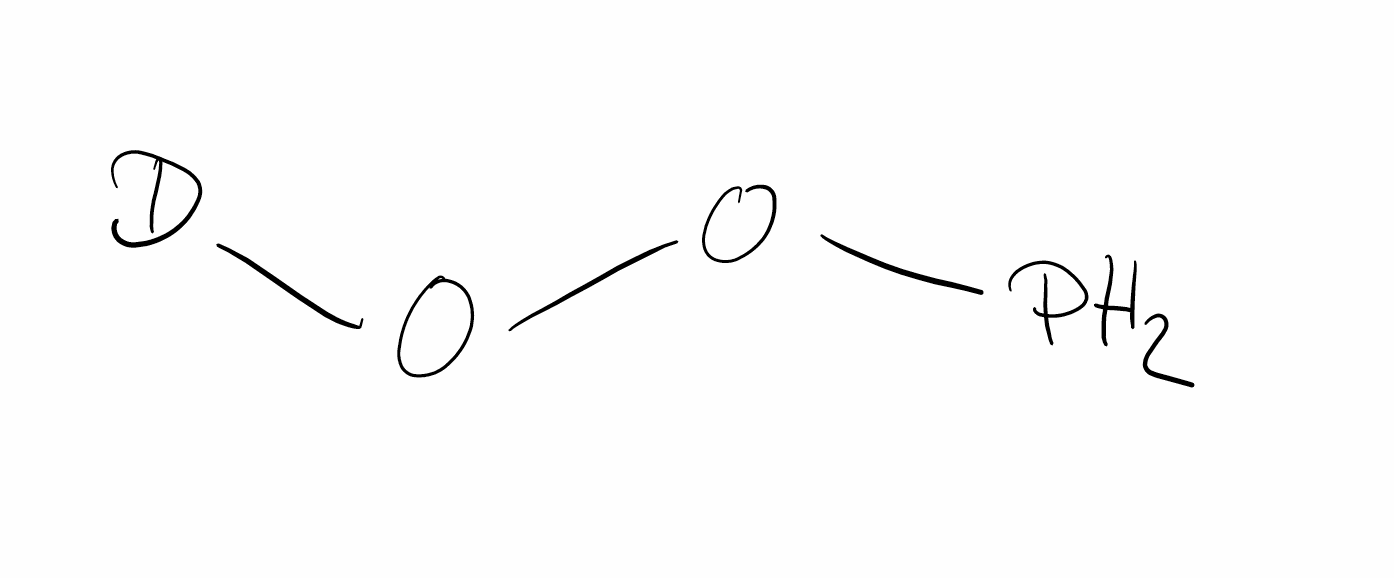
Simplified molecular-input line-entry system (SMILES) notation of the given molecule:
[2H]OOP